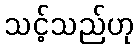
သင့်သည်ဟု